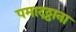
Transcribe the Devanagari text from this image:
पमादठ्ठाना